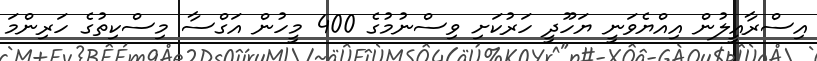
އިސްރާއީލުން އިއްޔެވަނީ ޔަހޫދީ ހަރުކަށި ވިސްނުމުގެ 400 މީހުން އަގްސާ މިސްކިތުގެ ހަރިންމަ